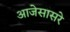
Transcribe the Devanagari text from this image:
आजेसासरे